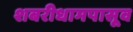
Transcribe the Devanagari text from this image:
शबरीधामपासूव